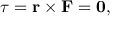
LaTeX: { \boldsymbol { \tau } } = \mathbf { r } \times \mathbf { F } = \mathbf { 0 } ,